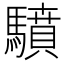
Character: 𩦥